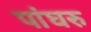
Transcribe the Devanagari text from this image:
पांघरु